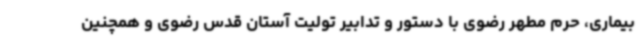
بیماری، حرم مطهر رضوی با دستور و تدابیر تولیت آستان قدس رضوی و همچنین